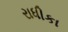
રાધીકા